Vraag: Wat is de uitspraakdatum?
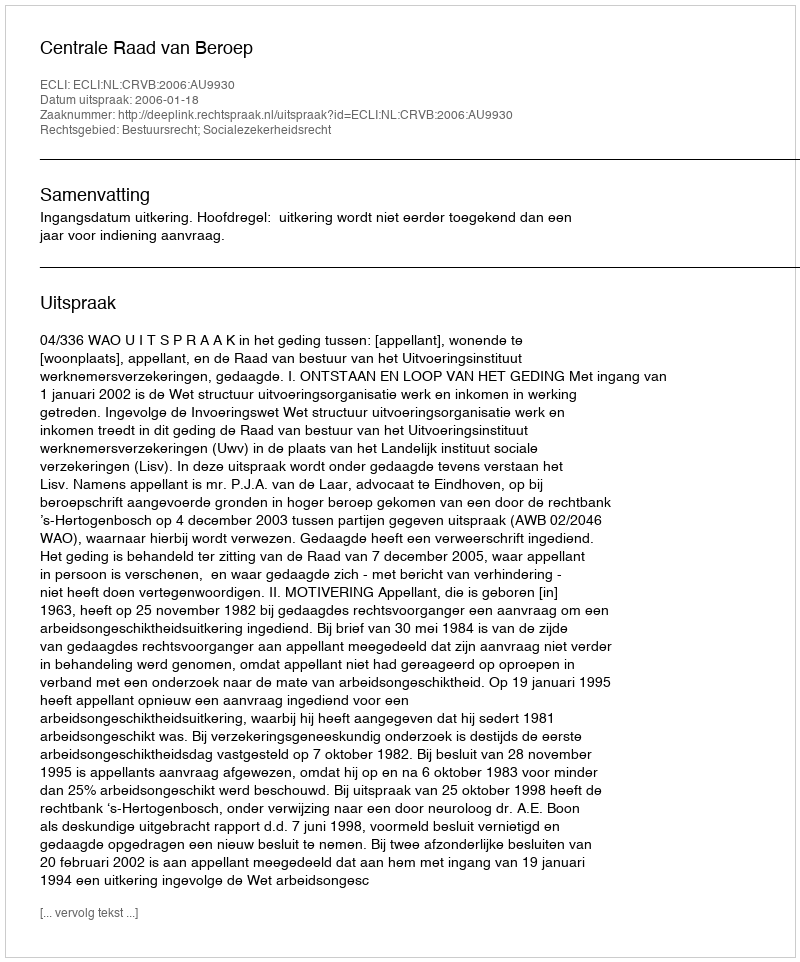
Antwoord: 2006-01-18